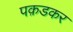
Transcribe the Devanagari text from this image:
पक़डकर